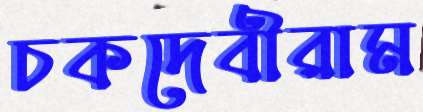
চকদেবীরাম